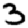
Digit: 3